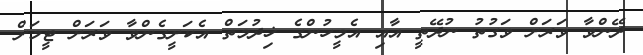
ދޭންވާ ވަރަށް ވަގުތު ނުދޭތީ އާއި އެމީހުންގެ ޚިދުމަތް އެކަށީގެންވާ ވަރަށް ޓީމަށް